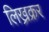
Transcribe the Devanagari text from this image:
लिख्रक्रर